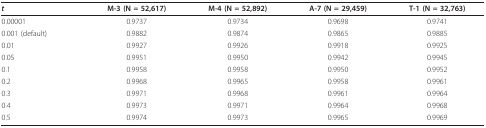
<table><thead><tr><td><b><i>t</i></b></td><td><b>M-3 (N = 52,617)</b></td><td><b>M-4 (N = 52,892)</b></td><td><b>A-7 (N = 29,459)</b></td><td><b>T-1 (N = 32,763)</b></td></tr></thead><tbody><tr><td>0.00001</td><td>0.9737</td><td>0.9734</td><td>0.9698</td><td>0.9741</td></tr><tr><td>0.001 (default)</td><td>0.9882</td><td>0.9874</td><td>0.9865</td><td>0.9885</td></tr><tr><td>0.01</td><td>0.9927</td><td>0.9926</td><td>0.9918</td><td>0.9925</td></tr><tr><td>0.05</td><td>0.9951</td><td>0.9950</td><td>0.9942</td><td>0.9945</td></tr><tr><td>0.1</td><td>0.9958</td><td>0.9958</td><td>0.9950</td><td>0.9952</td></tr><tr><td>0.2</td><td>0.9968</td><td>0.9965</td><td>0.9958</td><td>0.9961</td></tr><tr><td>0.3</td><td>0.9971</td><td>0.9968</td><td>0.9961</td><td>0.9964</td></tr><tr><td>0.4</td><td>0.9973</td><td>0.9971</td><td>0.9964</td><td>0.9968</td></tr><tr><td>0.5</td><td>0.9974</td><td>0.9973</td><td>0.9965</td><td>0.9969</td></tr></tbody></table>